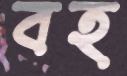
বহ